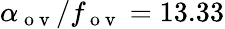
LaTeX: \alpha_{\mathrm{~o~v~}}/f_{\mathrm{~o~v~}}=13.33